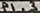
Text: P1.3